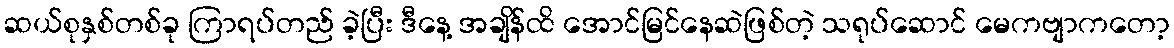
ဆယ်စုနှစ်တစ်ခု ကြာရပ်တည် ခဲ့ပြီး ဒီနေ့ အချိန်ထိ အောင်မြင်နေဆဲဖြစ်တဲ့ သရုပ်ဆောင် မေကဗျာကတော့